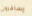
يسافرون